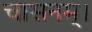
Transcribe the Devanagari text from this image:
चासनम्‌।